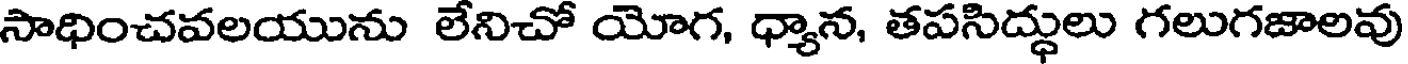
సాధించవలయును లేనిచో యోగ, ధ్యాన, తపసిద్ధులు గలుగజాలవు